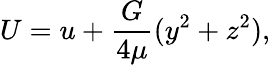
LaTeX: U=u+{\frac{G}{4\mu}}(y^{2}+z^{2}),